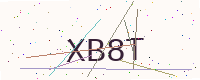
Text: XB8T